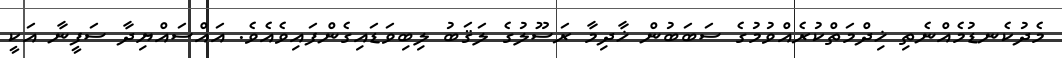
މެދުކެނޑުމެއްނެތި ޚިދްމަތްކުރެއްވުމުގެ ސަބަބުން ޚާާދިމާ ރަސޫލުގެ ލަޤަބު ލިބިވަޑައިގެންފައިވެއެވެ. އައްސައްޔިދާ ސަފީނާ އަކީ